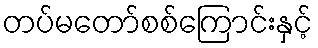
တပ်မတော်စစ်ကြောင်းနှင့်